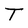
Character: T